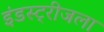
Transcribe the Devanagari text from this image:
इंडस्ट्रीजला